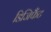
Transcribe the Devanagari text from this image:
डिजिफैंट